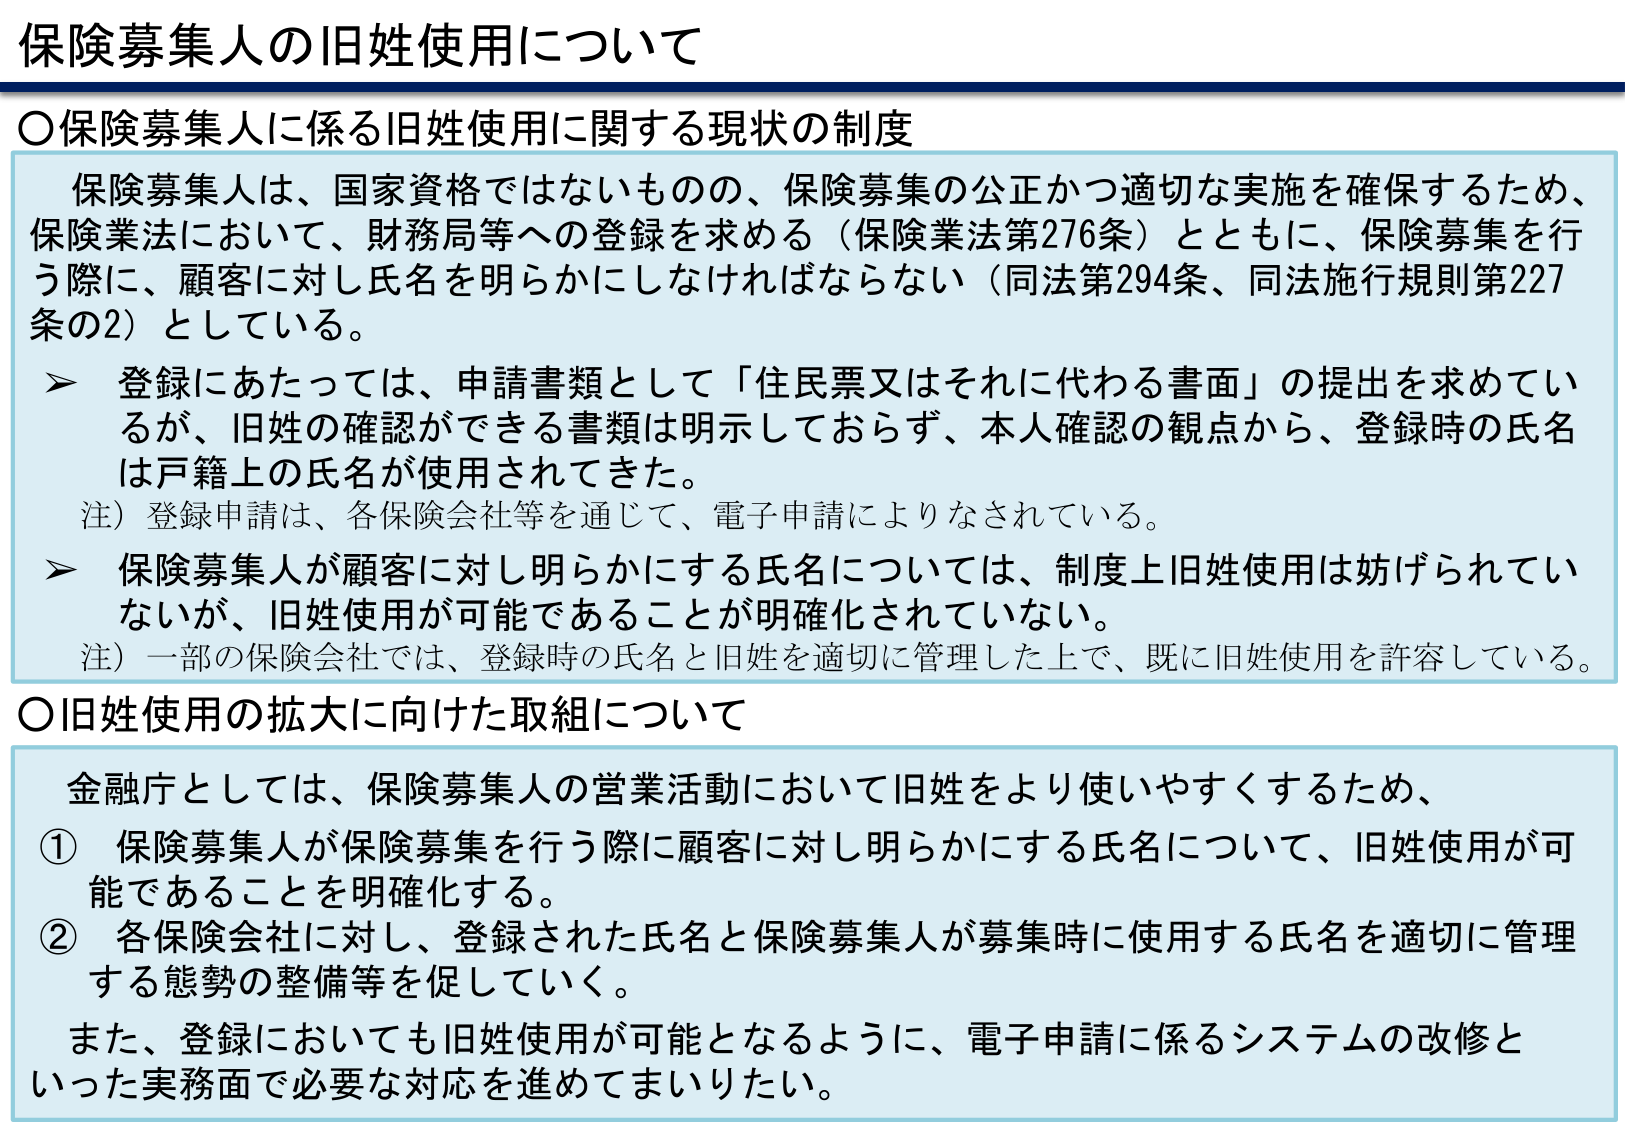
保険募集人の旧姓使用について

○保険募集人に係る旧姓使用に関する現状の制度

保険募集人は、国家資格ではないものの、保険募集の公正かつ適切な実施を確保するため、保険業法において、財務局等への登録を求める（保険業法第276条）とともに、保険募集を行う際に、顧客に対し氏名を明らかにしなければならない（同法第294条、同法施行規則第227条の2）としている。

➤ 登録にあたっては、申請書類として「住民票又はそれに代わる書面」の提出を求めているが、旧姓の確認ができる書類は明示しておらず、本人確認の観点から、登録時の氏名は戸籍上の氏名が使用されてきた。
注）登録申請は、各保険会社等を通じて、電子申請によりなされている。

➤ 保険募集人が顧客に対し明らかにする氏名については、制度上旧姓使用は妨げられていないが、旧姓使用が可能であることが明確化されていない。
注）一部の保険会社では、登録時の氏名と旧姓を適切に管理した上で、既に旧姓使用を許容している。

○旧姓使用の拡大に向けた取組について

金融庁としては、保険募集人の営業活動において旧姓をより使いやすくするため、

① 保険募集人が保険募集を行う際に顧客に対し明らかにする氏名について、旧姓使用が可能であることを明確化する。

② 各保険会社に対し、登録された氏名と保険募集人が募集時に使用する氏名を適切に管理する態勢の整備等を促していく。

また、登録においても旧姓使用が可能となるように、電子申請に係るシステムの改修といった実務面で必要な対応を進めてまいりたい。